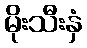
မိုးသီးနှံ